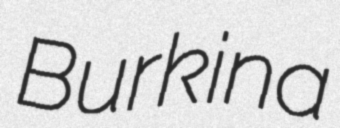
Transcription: Burkina